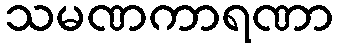
သမဏကာရဏာ